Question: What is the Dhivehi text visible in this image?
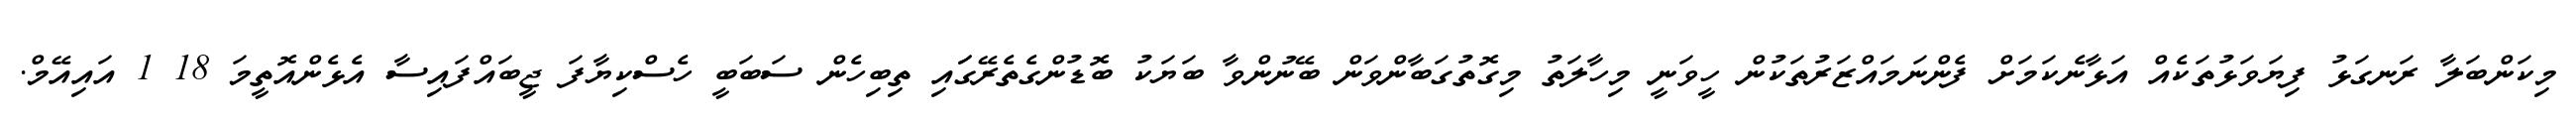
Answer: މިކަންބަލާ ރަނގަޅު ފިޔަވަޅުތަކެއް އަޅާނެކަމަށް ފެންނަމައްޒަރުތަކުން ހީވަނީ މިހާލަތު މިގޮތުގަބާންވަން ބޭނުންވާ ބަޔަކު ބޮޑުންގެތެރޭގަައި ތިބިހެން ސަބަބީ ހެސްކިޔާފަ ޖީބައްފައިސާ އެޅެންއޮތީމަ 18 1 އައިއޭމް.